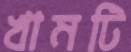
খামটি